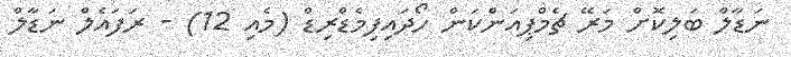
ނަޑާލް ބަލިކޮށް މަރޭ ޗެމްޕިއަންކަން ހޯދައިފިމެޑްރިޑް (މެއި 12) - ރަފައެލް ނަޑާލް